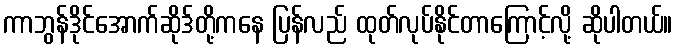
ကာဘွန်ဒိုင်အောက်ဆိုဒ်တို့ကနေ ပြန်လည် ထုတ်လုပ်နိုင်တာကြောင့်လို့ ဆိုပါတယ်။